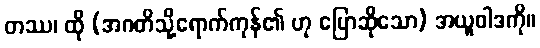
တဿ၊ ထို (အဂတိသို့ရောက်ကုန်၏ ဟု ပြောဆိုသော) အယူဝါဒကို။